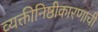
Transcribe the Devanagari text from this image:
व्यक्तीनिष्ठीकारणाची